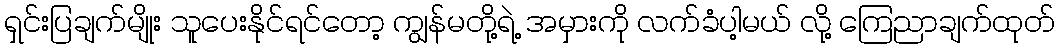
ရှင်းပြချက်မျိုး သူပေးနိုင်ရင်တော့ ကျွန်မတို့ရဲ့ အမှားကို လက်ခံပါ့မယ် လို့ ကြေညာချက်ထုတ်